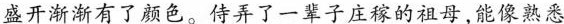
盛开渐渐有了颜色。侍弄了一辈子庄稼的祖母，能像熟悉